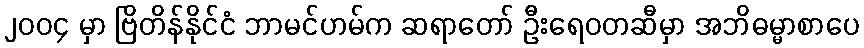
၂၀၀၄ မှာ ဗြိတိန်နိုင်ငံ ဘာမင်ဟမ်က ဆရာတော် ဦးရေဝတဆီမှာ အဘိဓမ္မာစာပေ